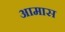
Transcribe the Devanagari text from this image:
आमास